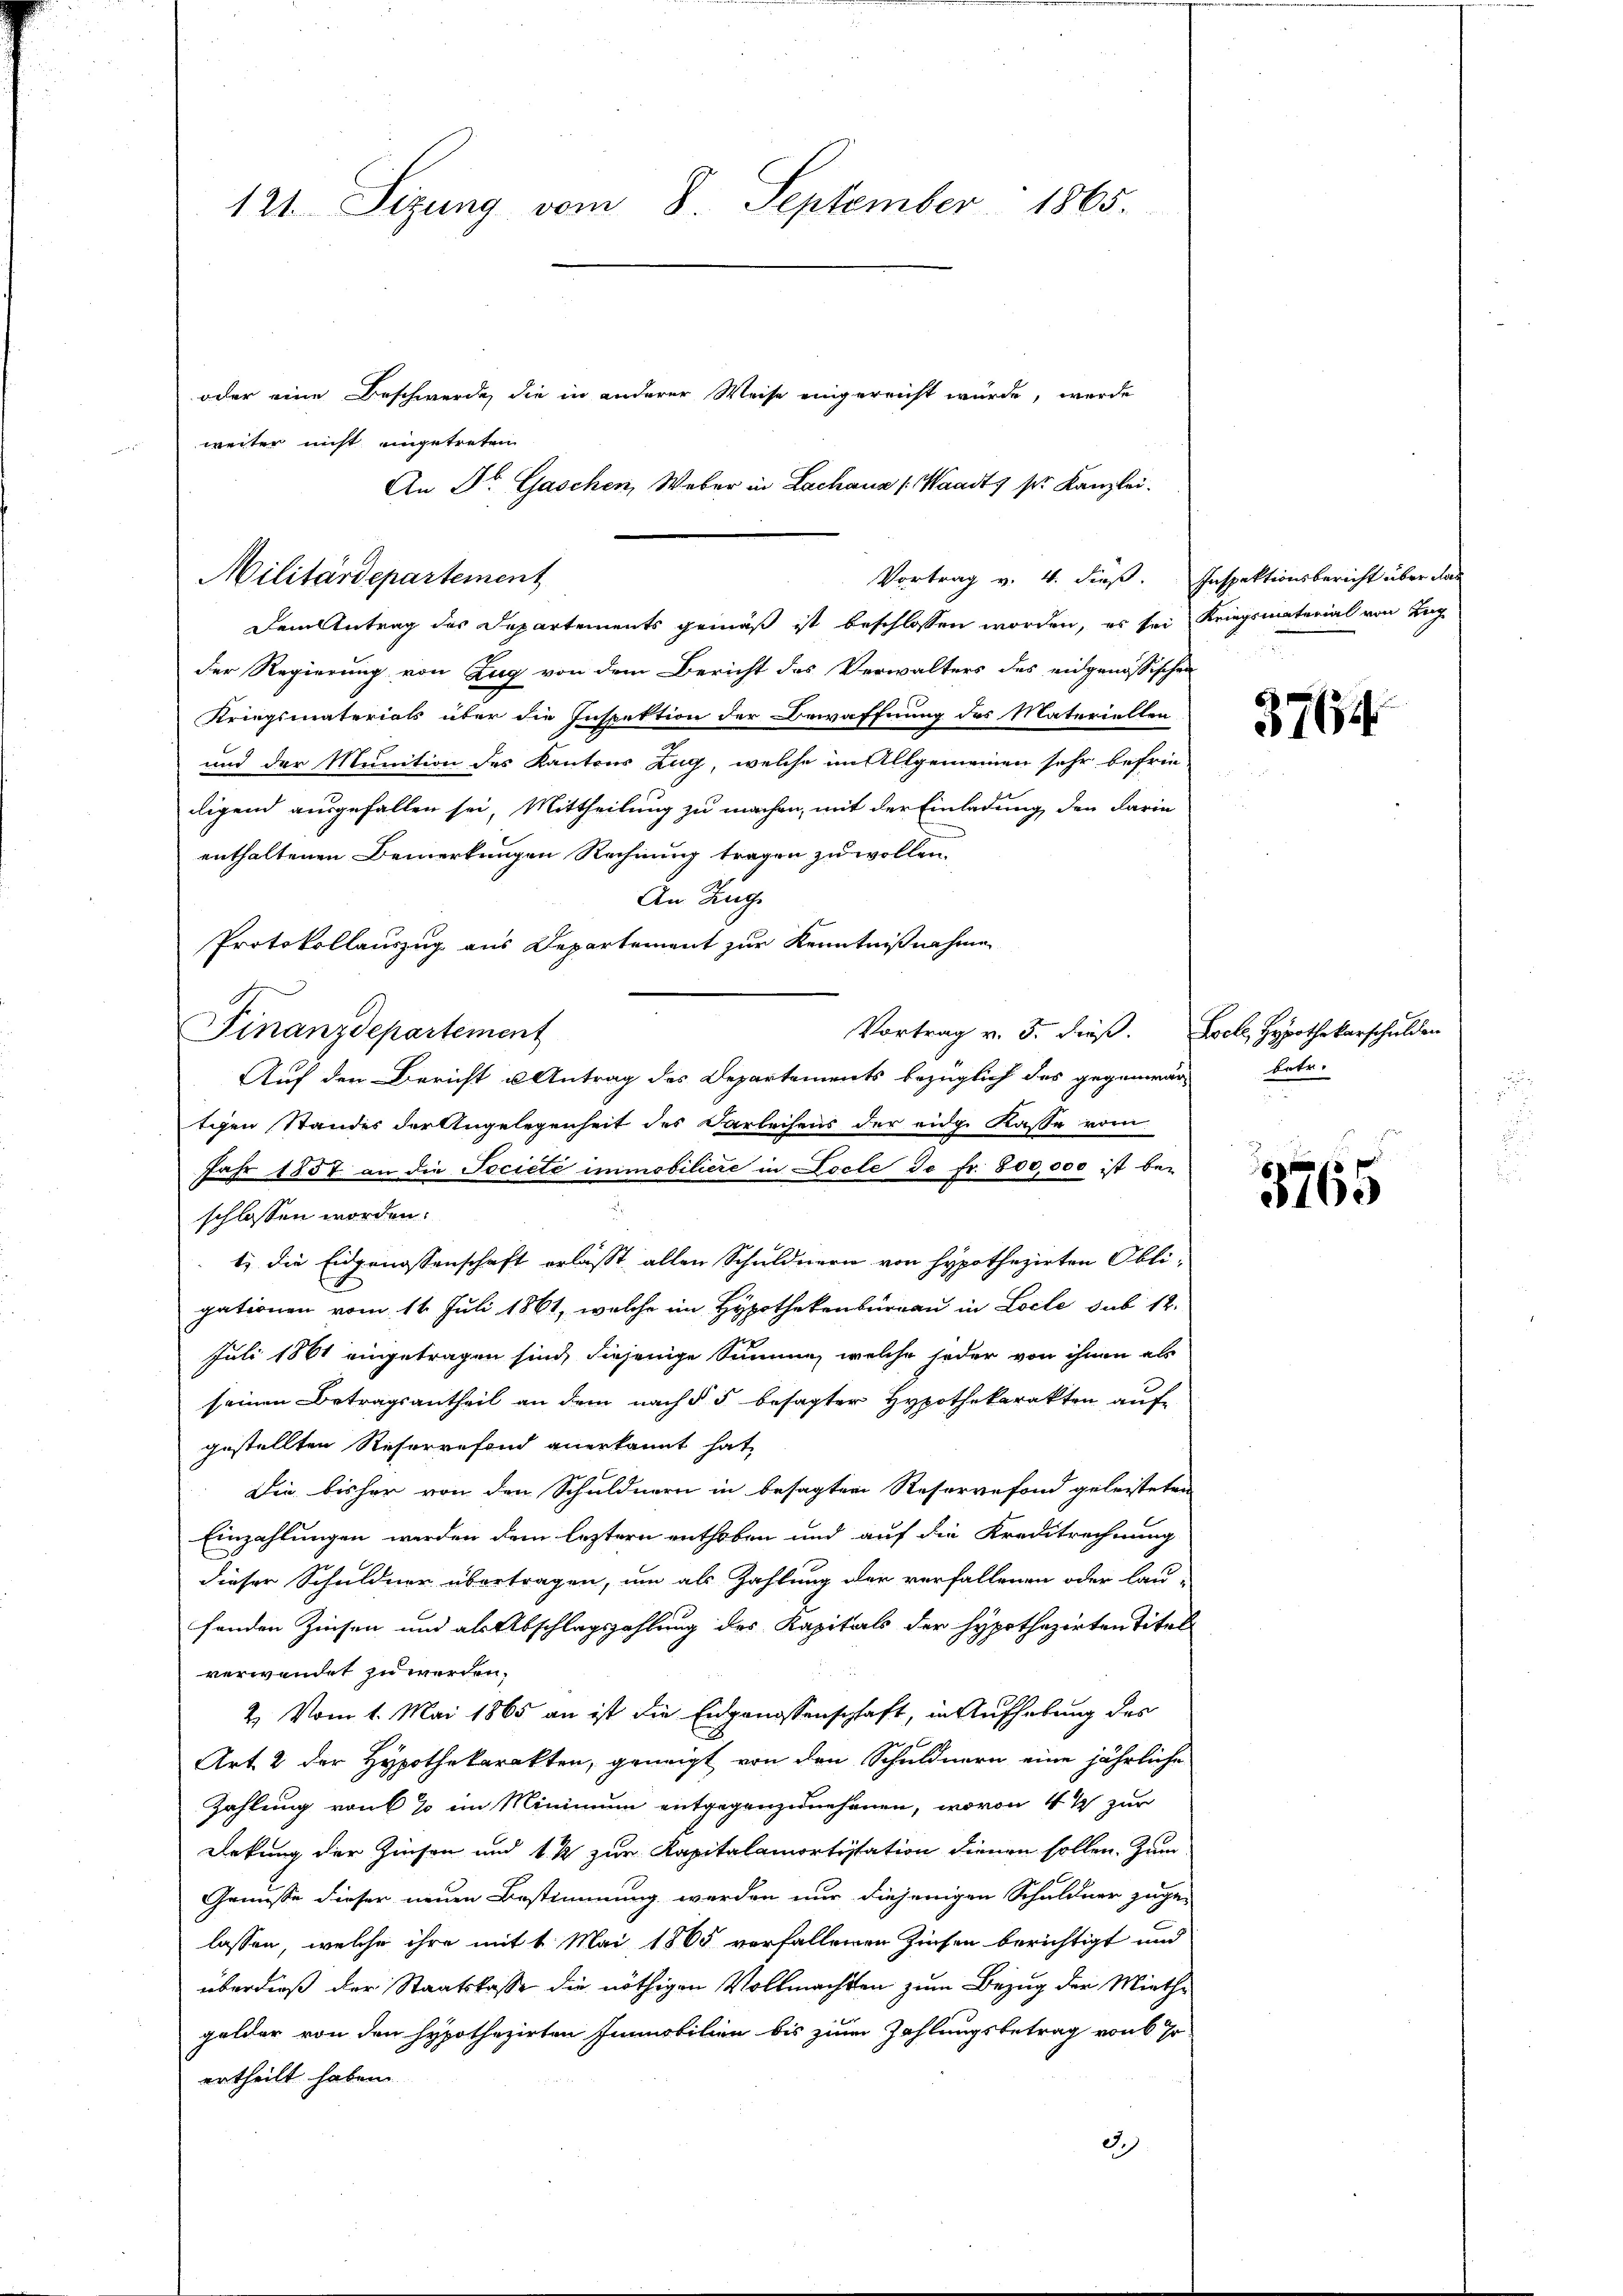
Dem Antrag des Departements gemäß ist beschlossen worden, es sei Kriegsmaterial von Tag
der Regierung von Zug von dem Bericht des Verwalters des eidgenössischen
Kriegsmaterials über die Inspektion der Bewaffnung des Materiellen
und der Munition des Kantons Zug, welche im Allgemeinen sehr befrie-
digend ausgefallen sei, Mittheilung zu machen, mit der Einladung den darin
enthaltenen Bemerkungen Rechnung tragen zu wollen.
An Zug
Protokollauszug aus Departement zur Kenntnißnahme
Vortrag v. 5. dieß. Loche, Hypothekarschulden
Finanzdepartement
Auf den Bericht u Antrag des Departements bezüglich das gegenwär betr.
tigen Standes der Angelegenheit des Darleihens der eidg. Kasse vorn
Jahr 1857 an die Societe immobiliere in Locle Je fr. 800,000 ist beschlossen worden.
t) die Eidgenossenschaft erlässt allen Schuldnern von hypothezirten Obli-
gationen vom 16. Juli 1861, welche im Hypothekenbüreau in Locle sub 12.
Juli 1861 eingetragen sind, diejenige Summe, welche jeder von ihnen als
seinen Betragsantheil an dem nach § 5 besagter Hypothekarakten auf-
gestellten Reservefond anerkannt hat,
Die bisher von den Schuldnern in besagten Reservefond geleisteten
Einzahlungen werden dem leztern enthoben und auf die Kreditrechnung
dieser Schuldner übertragen, um als Zahlung der verfallenen oder lau-
fenden Zinsen und als Abschlagszahlung des Kapitals der Hypothazirten Titel
verwendet zu werden.
2. Vom 1. Mai 1865 an ist die Eidgenossenschaft, in Aufhebung des
Art. 2 der Hypothekarakten, geneigt von den Schuldnern eine jährliche
Zahlung von 6 % im Minimum entgegenzunehmen, wovon 4 % zur
Dekung der Zinsen und 1 ½ zur Kapitalamortistation dienen sollen. Zum
Genüsse dieser neuen Bestimmung werden nur diejenigen Schuldner zuge-
lassen, welche ihre mit 1. Mai 1865 verfallenen Zinsen berichtigt und
überdieß der Staatslasse die nöthigen Vollmachten zum Bezug der Miethe
gelder von den hypothezirten Immobilien bis zum Zahlungsbetrag von 6 Jo
ertheilt haben.
3.)

An Dr. Gaschen, Weber in Lachana (Waadt, so Kanzlei.

121. Sizung vom 8. September 1865.
oder eine Beschwerde, die in anderer Weise eingereicht würde, werde
weiter nicht ungetreten

Militärdepartement

Vortrag v. 4. dieß. Inspektionsbericht über das

3764

8765